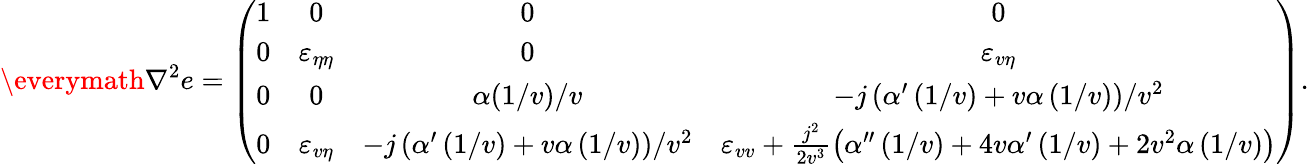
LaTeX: \everymath{\displaystyle}\nabla^{2}e=\left(\begin{array}{cccc}{1}&{0}&{0}&{0}\\ {0}&{\varepsilon_{\eta\eta}}&{0}&{\varepsilon_{v\eta}}\\ {0}&{0}&{\alpha(1/v)/v}&{-j\left(\alpha^{\prime}\left(1/v\right)+v\alpha\left(1/v\right)\right)/v^{2}}\\ {0}&{\varepsilon_{v\eta}}&{-j\left(\alpha^{\prime}\left(1/v\right)+v\alpha\left(1/v\right)\right)/v^{2}}&{\varepsilon_{vv}+\frac{j^{2}}{2v^{3}}\left(\alpha^{\prime\prime}\left(1/v\right)+4v\alpha^{\prime}\left(1/v\right)+2v^{2}\alpha\left(1/v\right)\right)}\end{array}\right).